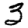
Digit: 3